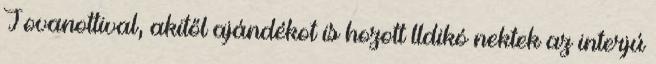
Jovanottival, akitől ajándékot is hozott lldikó nektek az interjú